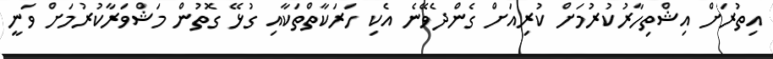
އިތުރަށް އިޝްތިހާރުކުރުމަށް ކުރިއަށް ގެންދެވޭނެ އެކި ހަރަކާތްތަކާއި ގުޅޭ ގޮތުން މަޝްވަރާކުރުމަށް ވަނީ